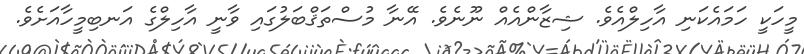
މީހަކީ ހަމައެކަނި އާހިލްއެވެ. ޝިޒާންއެއް ނޫނެވެ. އޭނާ މުސްތަޤްބަލުގައި ވާނީ އާހިލްގެ އަނބިމީހާއަށެވެ.